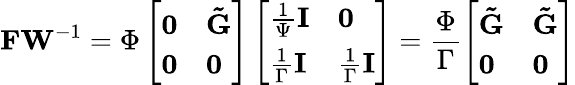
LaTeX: \mathbf{FW}^{-1}=\Phi\left[\begin{array}{ll}{\mathbf{0}}&{\mathbf{\tilde{G}}}\\ {\mathbf{0}}&{\mathbf{0}}\end{array}\right]\left[\begin{array}{ll}{\frac{1}{\Psi}\mathbf{I}}&{\mathbf{0}}\\ {\frac{1}{\Gamma}\mathbf{I}}&{\frac{1}{\Gamma}\mathbf{I}}\end{array}\right]=\frac{\Phi}{\Gamma}\left[\begin{array}{ll}{\mathbf{\tilde{G}}}&{\mathbf{\tilde{G}}}\\ {\mathbf{0}}&{\mathbf{0}}\end{array}\right]